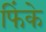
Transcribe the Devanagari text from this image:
फिंके